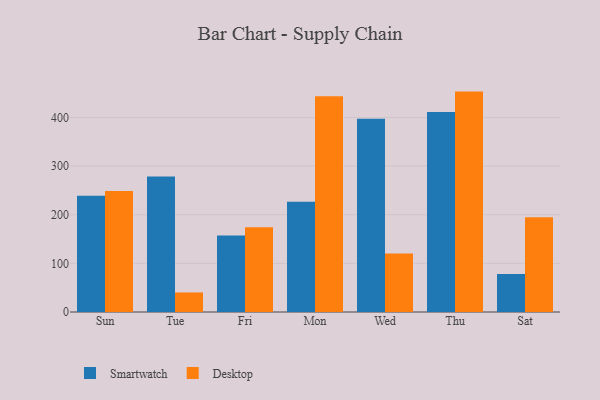
{"axis": {"x": "Day", "y": "Production Output"}, "legend": ["Desktop", "Smartwatch"], "data": [{"x": "Sun", "y": 239.2, "type": "Smartwatch"}, {"x": "Sun", "y": 248.6, "type": "Desktop"}, {"x": "Tue", "y": 278.4, "type": "Smartwatch"}, {"x": "Tue", "y": 40.2, "type": "Desktop"}, {"x": "Fri", "y": 157.2, "type": "Smartwatch"}, {"x": "Fri", "y": 174.1, "type": "Desktop"}, {"x": "Mon", "y": 226.5, "type": "Smartwatch"}, {"x": "Mon", "y": 443.5, "type": "Desktop"}, {"x": "Wed", "y": 397.2, "type": "Smartwatch"}, {"x": "Wed", "y": 120.3, "type": "Desktop"}, {"x": "Thu", "y": 411.3, "type": "Smartwatch"}, {"x": "Thu", "y": 453.1, "type": "Desktop"}, {"x": "Sat", "y": 78.3, "type": "Smartwatch"}, {"x": "Sat", "y": 194.8, "type": "Desktop"}]}